Vaccination returns of the Province of Eastern Bengal and Assam - 1905-1912
Year: 1905
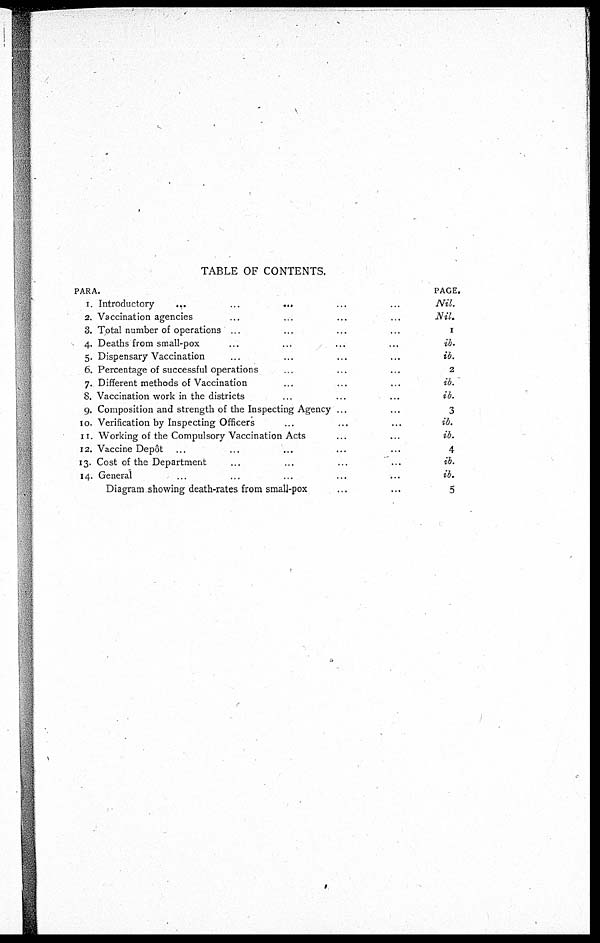
TABLE OF CONTENTS.
PARA
1.
2.
3.
4.
5.
6.
7.
8.
9.
10.
11.
12.
13.
14.
Introductory
...
...
...
...
...
Vaccination agencies ... ... ... ...
Total number of operations ... ... ... ...
Deaths from small-pox ... ... ... ...
Dispensary Vaccination ... ... ... ...
Percentage of successful operations ... ... ...
Different methods of Vaccination ... ... ...
Vaccination work in the districts ... ... ...
Composition and strength of the Inspecting Agency ... ...
Verification by Inspecting Officers ... ... ...
Working of the Compulsory Vaccination Acts ... ...
Vaccine Depôt ... ... ... ... ...
Cost of the Department ... ... ... ...
General ... ... ... ... ...
Diagram showing death-rates from small-pox ... ...
PAGE.
Nil.
Nil.
1
ib.
ib.
2
ib.
ib.
3
ib.
ib.
4
ib.
ib.
5